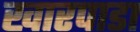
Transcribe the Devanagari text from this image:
खारपाडा